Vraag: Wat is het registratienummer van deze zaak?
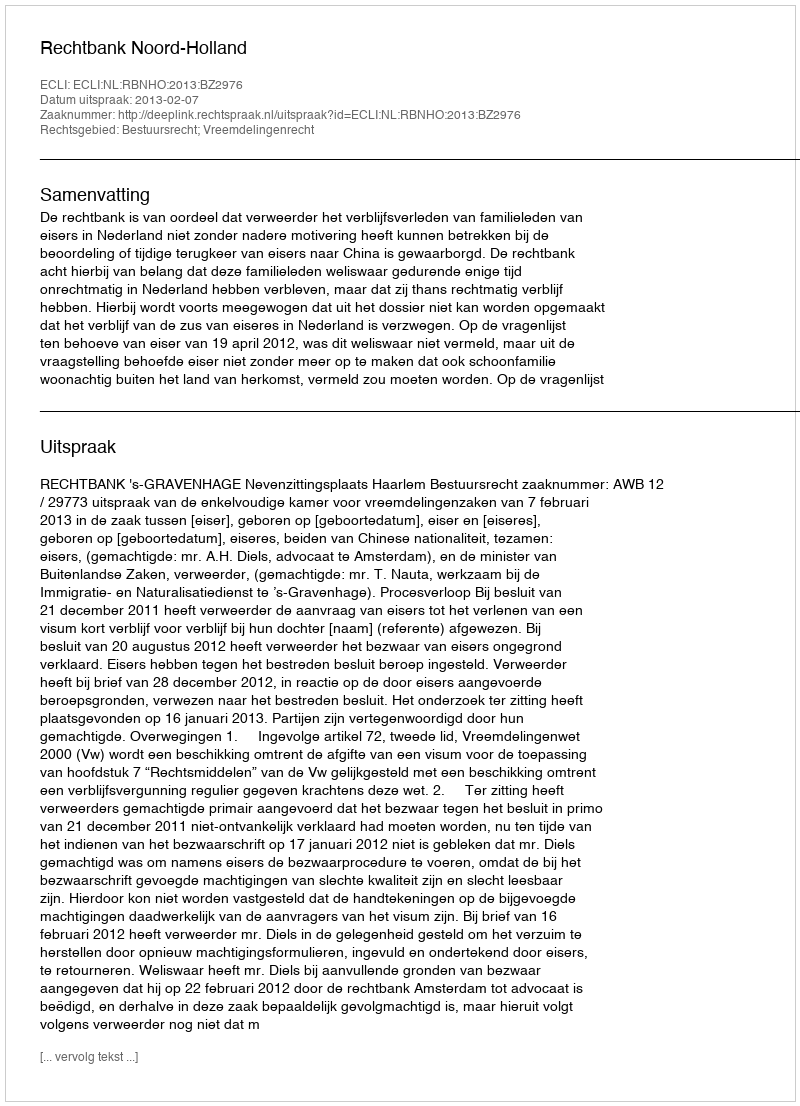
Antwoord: http://deeplink.rechtspraak.nl/uitspraak?id=ECLI:NL:RBNHO:2013:BZ2976